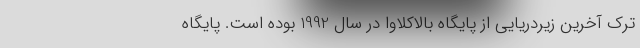
ترک آخرین زیردریایی از پایگاه بالاکلاوا در سال 1992 بوده است. پایگاه